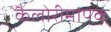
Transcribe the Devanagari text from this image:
कैलोरीमापक